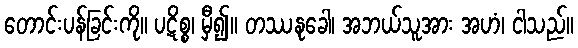
တောင်းပန်ခြင်းကို။ ပဋိစ္စ၊ မှီ၍။ တဿနုခေါ၊ အဘယ်သူအား အဟံ၊ ငါသည်။